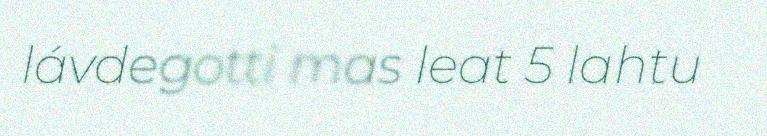
lávdegotti mas leat 5 lahtu